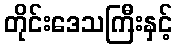
တိုင်းဒေသကြီးနှင့်